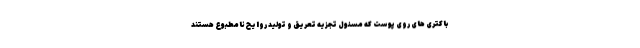
باکتری های روی پوست که مسئول تجزیه تعریق و تولید روایح نامطبوع هستند